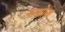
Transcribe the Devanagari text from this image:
नत्शोना